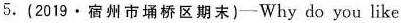
5.(2019·宿州市桥区期末)—Why do you like